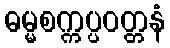
ဓမ္မစက္ကပ္ပဝတ္တနံ